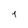
Character: 4